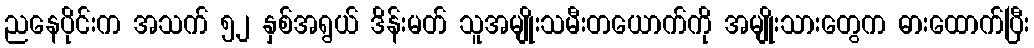
ညနေပိုင်းက အသက် ၅၂ နှစ်အရွယ် ဒိန်းမတ် သူအမျိုးသမီးတယောက်ကို အမျိုးသားတွေက ဓားထောက်ပြီး